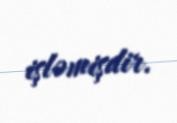
işləmişdir.